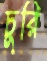
চুরি